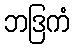
ဘဒြကံ